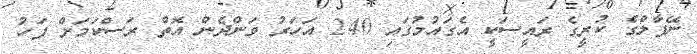
ނޭޕާލްގެ ކުރީގެ ރައީސަކީ އެގައުމުގައި 240 އަހަރު ވަންދެން އޮތް ރަސްކަމަށް ފަހު